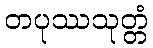
တပုဿသုတ္တံ